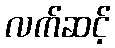
လက်ဆင့်